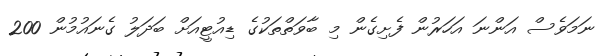
ނަމަވެސް އަންނަ އަހަރުން ފެށިގެން މި ބާވަތްތަކުގެ ޑިއުޓީއަށް ބަދަލު ގެނައުމުން 200